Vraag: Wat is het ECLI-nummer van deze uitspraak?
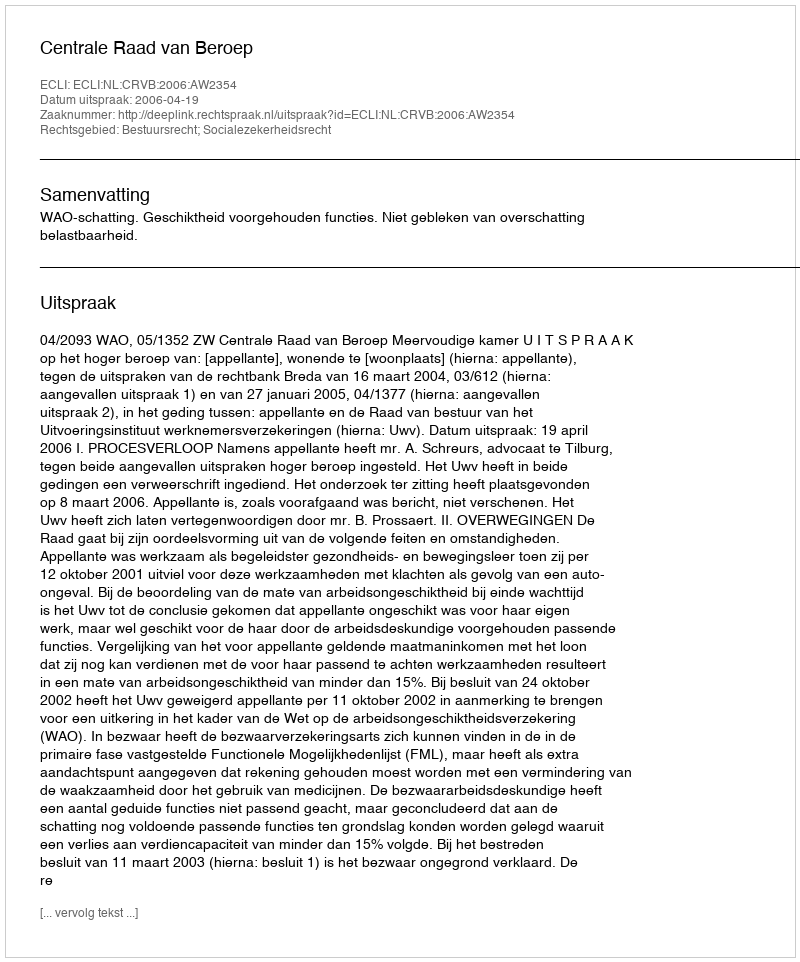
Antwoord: ECLI:NL:CRVB:2006:AW2354